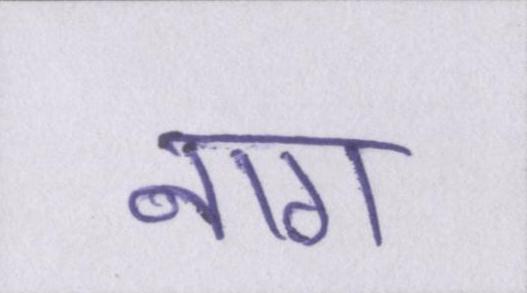
नाग